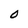
Character: O